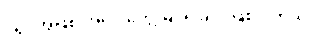
ပုံရိပ်အဖြစ် အရင် တွေ့ မြင်ရခြင်း ဖြစ်ပါတယ်။